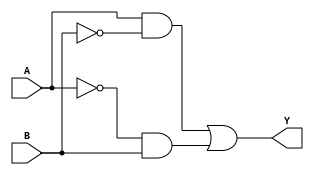
module XOR_gate (
    input A,
    input B,
    output Y
);

wire not_A, not_B;

assign not_A = ~A;
assign not_B = ~B;

assign Y = (A & not_B) | (not_A & B);

endmodule